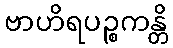
ဗာဟိရပဉ္စကန္တိ